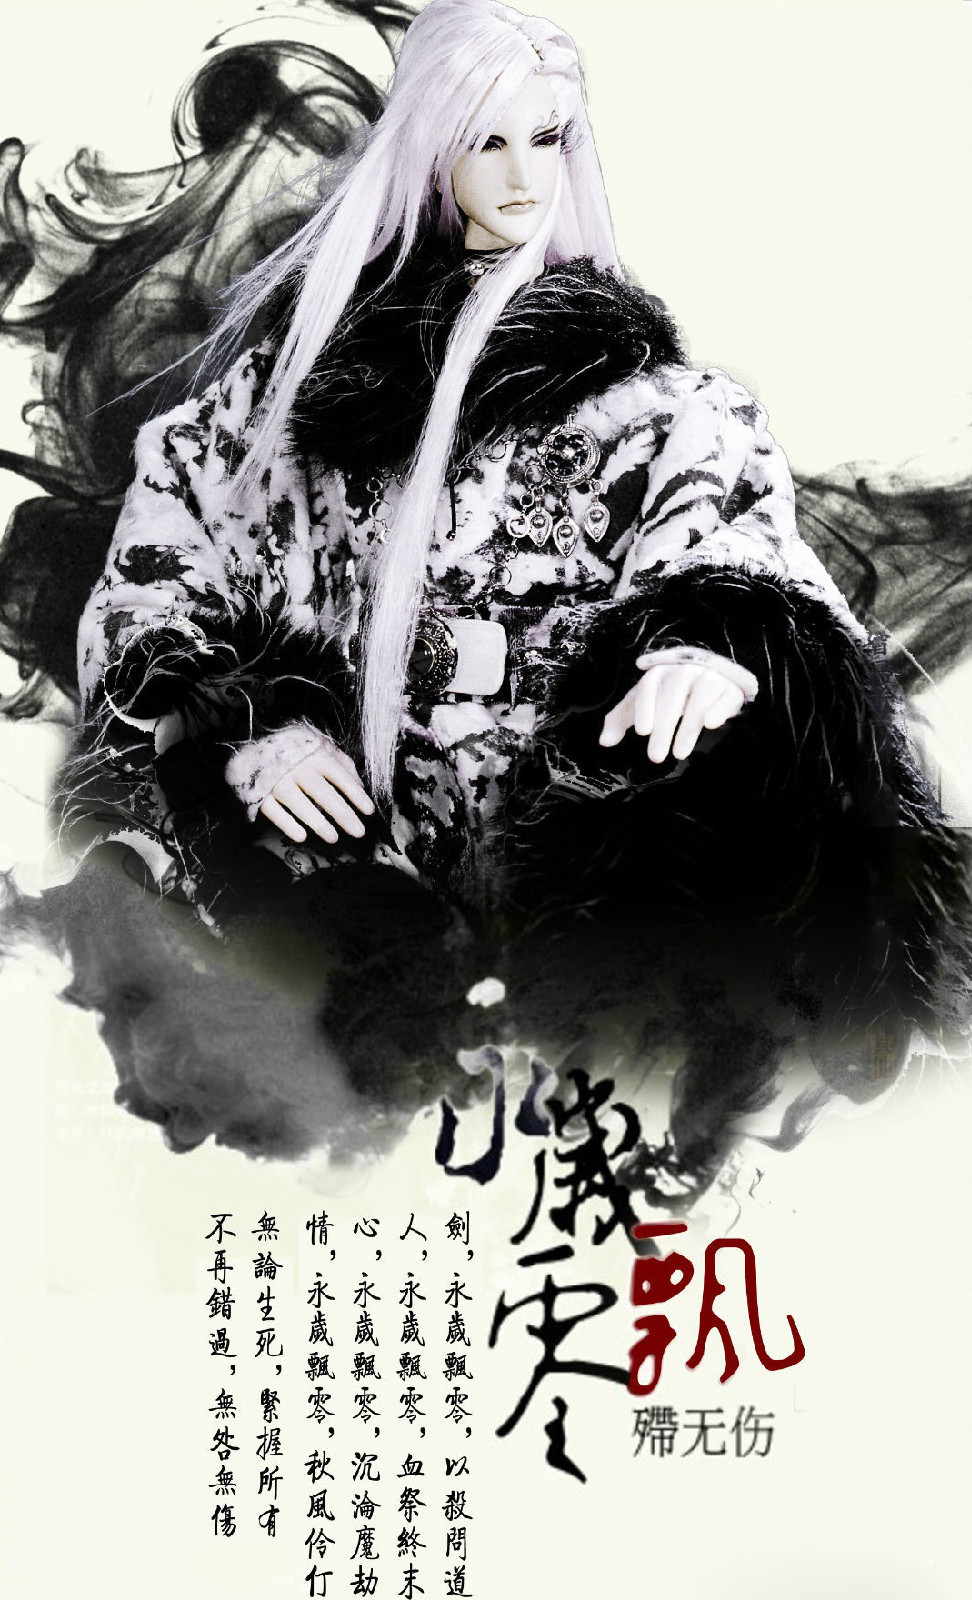
涓涓不塞，将为江河。荧荧不救，炎炎奈何